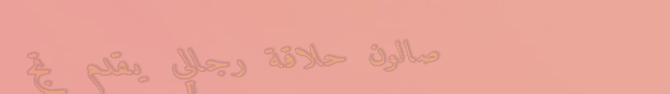
صالون حلاقة رجالي يقدم تج